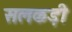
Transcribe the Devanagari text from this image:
सलकड़ी